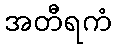
အတီရကံ